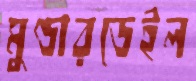
মুণ্ডারডেইল